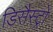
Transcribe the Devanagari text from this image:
डिसैस्ट्रो